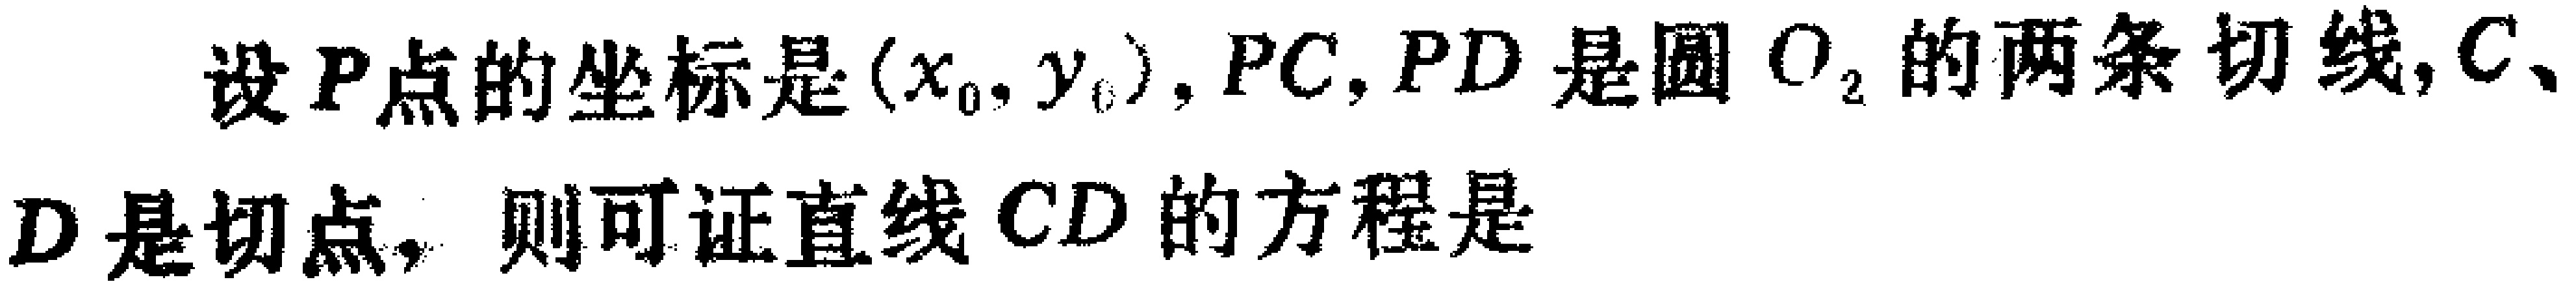
设\(P\)点的坐标是\((x_{0},y_{0})\)，\(PC,PD\)是圆\(O_{2}\)的两条切线，\(C、\)
\(D\)是切点，则可证直线\(CD\)的方程是